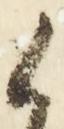
御